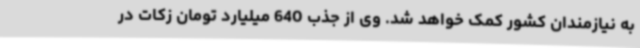
به نیازمندان کشور کمک خواهد شد. وی از جذب 640 میلیارد تومان زکات در